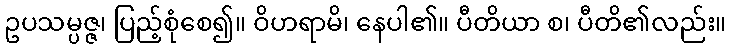
ဥပသမ္ပဇ္ဇ၊ ပြည့်စုံစေ၍။ ဝိဟရာမိ၊ နေပါ၏။ ပီတိယာ စ၊ ပီတိ၏လည်း။